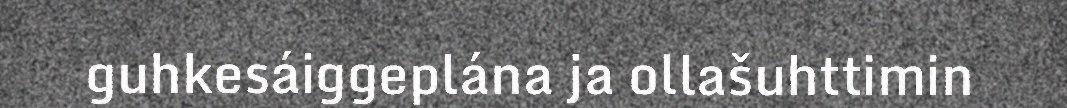
guhkesáiggeplána ja ollašuhttimin